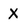
Character: X